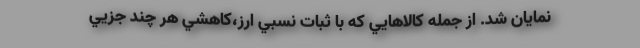
نمايان شد. از جمله كالاهايي كه با ثبات نسبي ارز،كاهشي هر چند جزيي